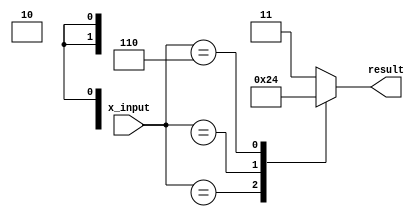
module x_based_case_statement(
    input wire [2:0] x_input,
    output reg [1:0] result
);

always @(*) begin
    case (x_input)
        3'b0xx: result = 2'b10; //handles cases where the first bit is 0 and the other two bits are X
        3'b10x: result = 2'b01; //handles cases where the first two bits are 1 and the last bit is X
        3'b110: result = 2'b00; //handles cases where all bits are defined and equal to 1
        default: result = 2'b11; //default case if no match is found
    endcase
end

endmodule